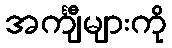
အင်္ကျီများကို